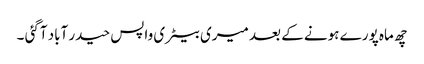
چھ ماہ پورے ہونے کے بعد میری بیٹری واپس حیدر آباد آگئی ۔